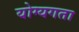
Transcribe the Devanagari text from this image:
योग्यगता